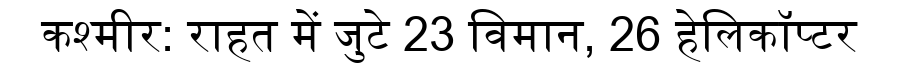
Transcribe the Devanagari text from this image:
कश्मीर: राहत में जुटे 23 विमान, 26 हेलिकॉप्टर